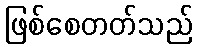
ဖြစ်စေတတ်သည်